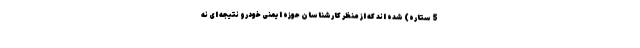
5 ستاره) شده اند که از منظر کارشناسان حوزه ایمنی خودرو نتیجه ای نه